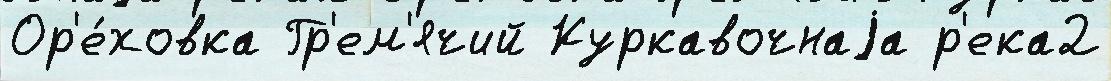
Ор'е́ховка Гр'ем'ячий Куркавочнаjа р'ека2